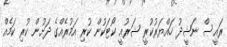
ރައީސް ނަޝީދު ހައްޔަރުކުރީ ޝަރުޢީ ކޯޓަކުން ކުރި އަމުރެއްގެ ދަށުން ކުރި ކަމެއް